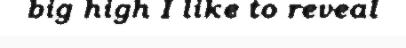
big high I like to reveal